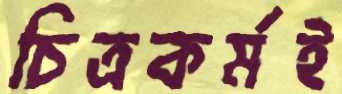
চিত্রকর্মই